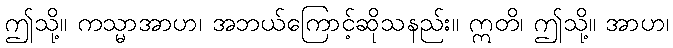
ဤသို့။ ကသ္မာအာဟ၊ အဘယ်ကြောင့်ဆိုသနည်း။ ဣတိ၊ ဤသို့။ အာဟ၊